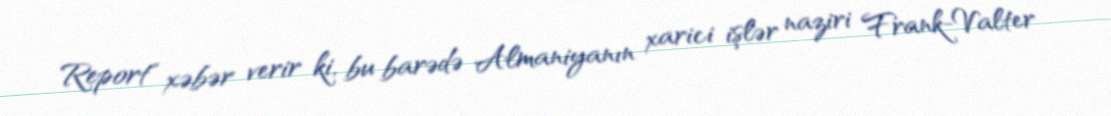
Report" xəbər verir ki, bu barədə Almaniyanın xarici işlər naziri Frank-Valter